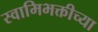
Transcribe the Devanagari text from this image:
स्वामिभक्तीच्या